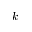
k